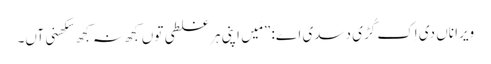
‏ وِیرا ناں دی اِک کُڑی دسدی اے:‏ ”‏مَیں اپنی ہر غلطی توں کجھ نہ کجھ سکھنی آں۔